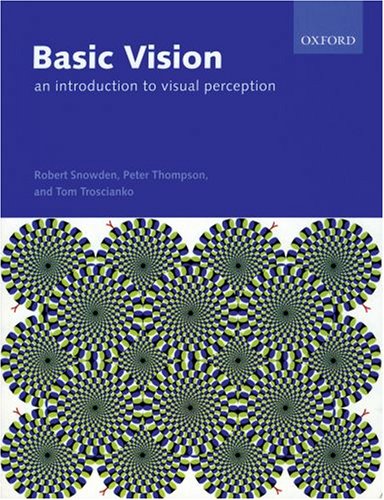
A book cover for Basic Vision: An Introduction to Visual Perception; Robert Snowden; Medical Books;